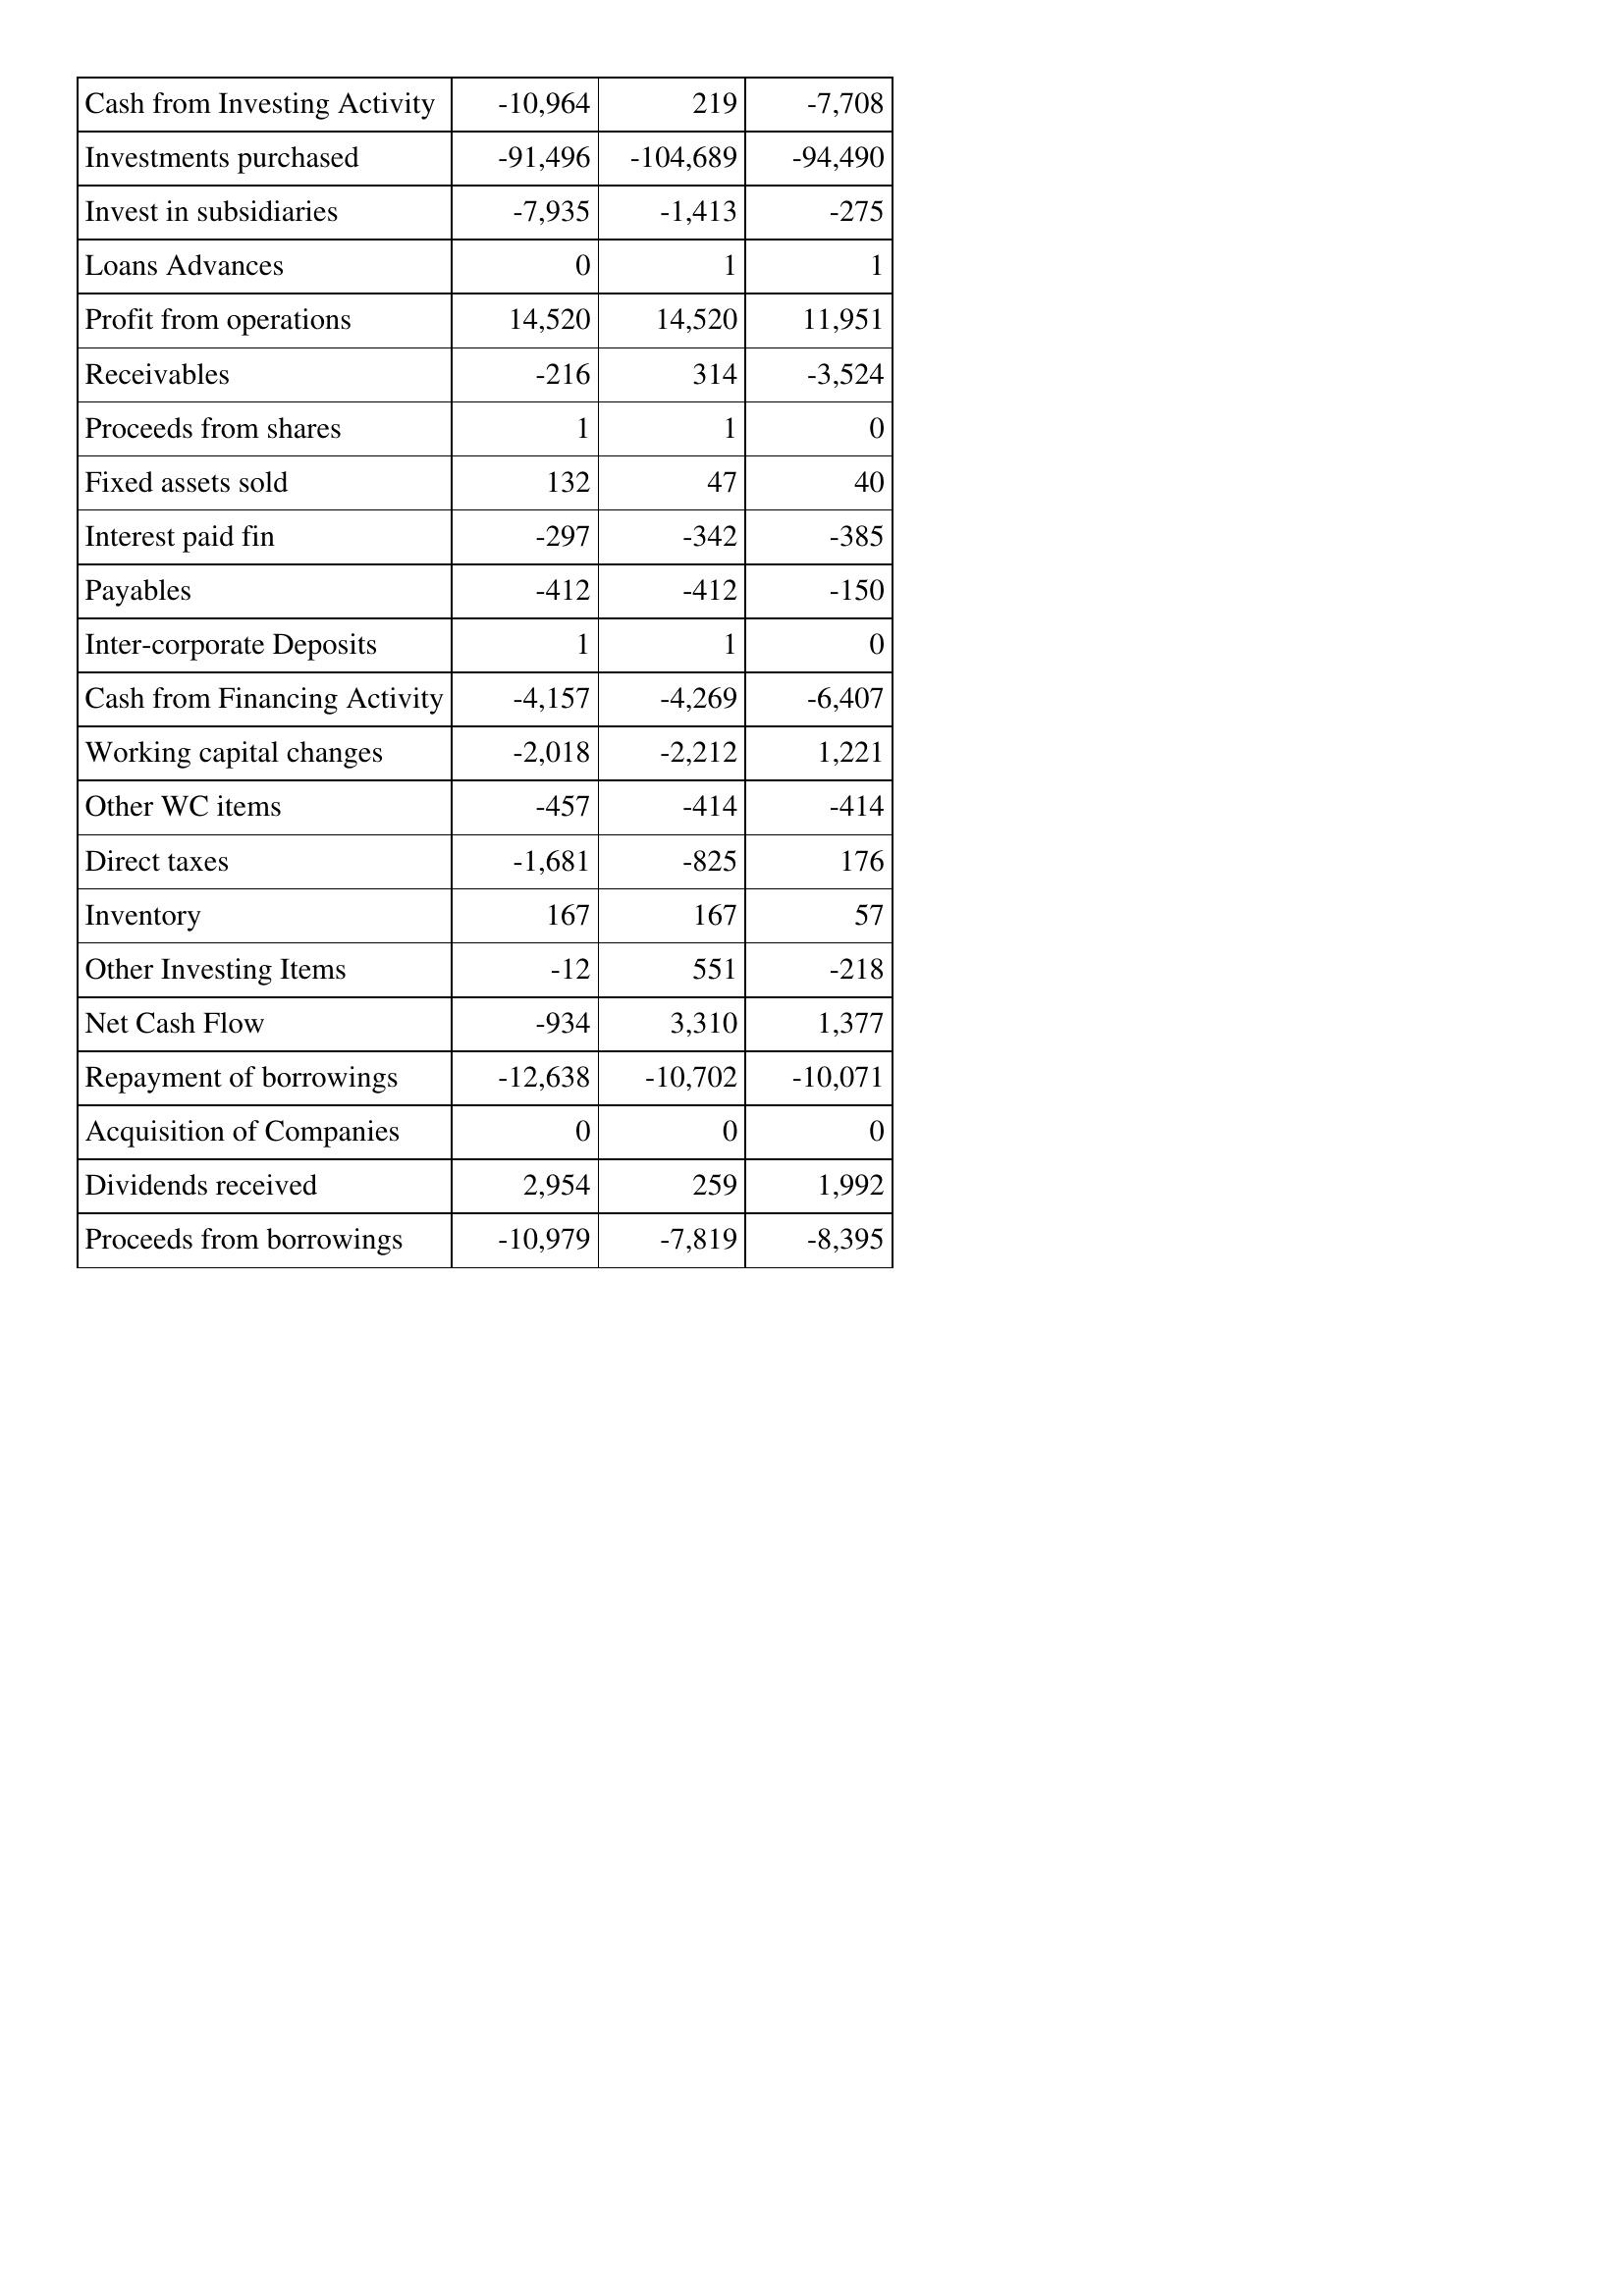
Oct-14: Cash Flows: Cash from Investing Activity: -10,964
Investments purchased: -91,496
Invest in subsidiaries: -7,935
Loans Advances: 0
Profit from operations: 14,520
Receivables: -216
Proceeds from shares: 1
Fixed assets sold: 132
Interest paid fin: -297
Payables: -412
Inter-corporate Deposits: 1
Cash from Financing Activity: -4,157
Working capital changes: -2,018
Other WC items: -457
Direct taxes: -1,681
Inventory: 167
Other Investing Items: -12
Net Cash Flow: -934
Repayment of borrowings: -12,638
Acquisition of Companies: 0
Dividends received: 2,954
Proceeds from borrowings: -10,979
Oct-13: Cash Flows: Cash from Investing Activity: 219
Investments purchased: -104,689
Invest in subsidiaries: -1,413
Loans Advances: 1
Profit from operations: 14,520
Receivables: 314
Proceeds from shares: 1
Fixed assets sold: 47
Interest paid fin: -342
Payables: -412
Inter-corporate Deposits: 1
Cash from Financing Activity: -4,269
Working capital changes: -2,212
Other WC items: -414
Direct taxes: -825
Inventory: 167
Other Investing Items: 551
Net Cash Flow: 3,310
Repayment of borrowings: -10,702
Acquisition of Companies: 0
Dividends received: 259
Proceeds from borrowings: -7,819
Oct-12: Cash Flows: Cash from Investing Activity: -7,708
Investments purchased: -94,490
Invest in subsidiaries: -275
Loans Advances: 1
Profit from operations: 11,951
Receivables: -3,524
Proceeds from shares: 0
Fixed assets sold: 40
Interest paid fin: -385
Payables: -150
Inter-corporate Deposits: 0
Cash from Financing Activity: -6,407
Working capital changes: 1,221
Other WC items: -414
Direct taxes: 176
Inventory: 57
Other Investing Items: -218
Net Cash Flow: 1,377
Repayment of borrowings: -10,071
Acquisition of Companies: 0
Dividends received: 1,992
Proceeds from borrowings: -8,395